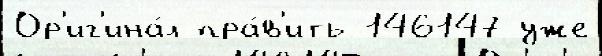
Ор'иг'ина́л пра́в'ить 146147 уже